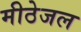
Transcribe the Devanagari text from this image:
मीठेजल